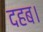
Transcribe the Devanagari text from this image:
दहब।